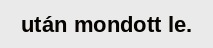
után mondott le.